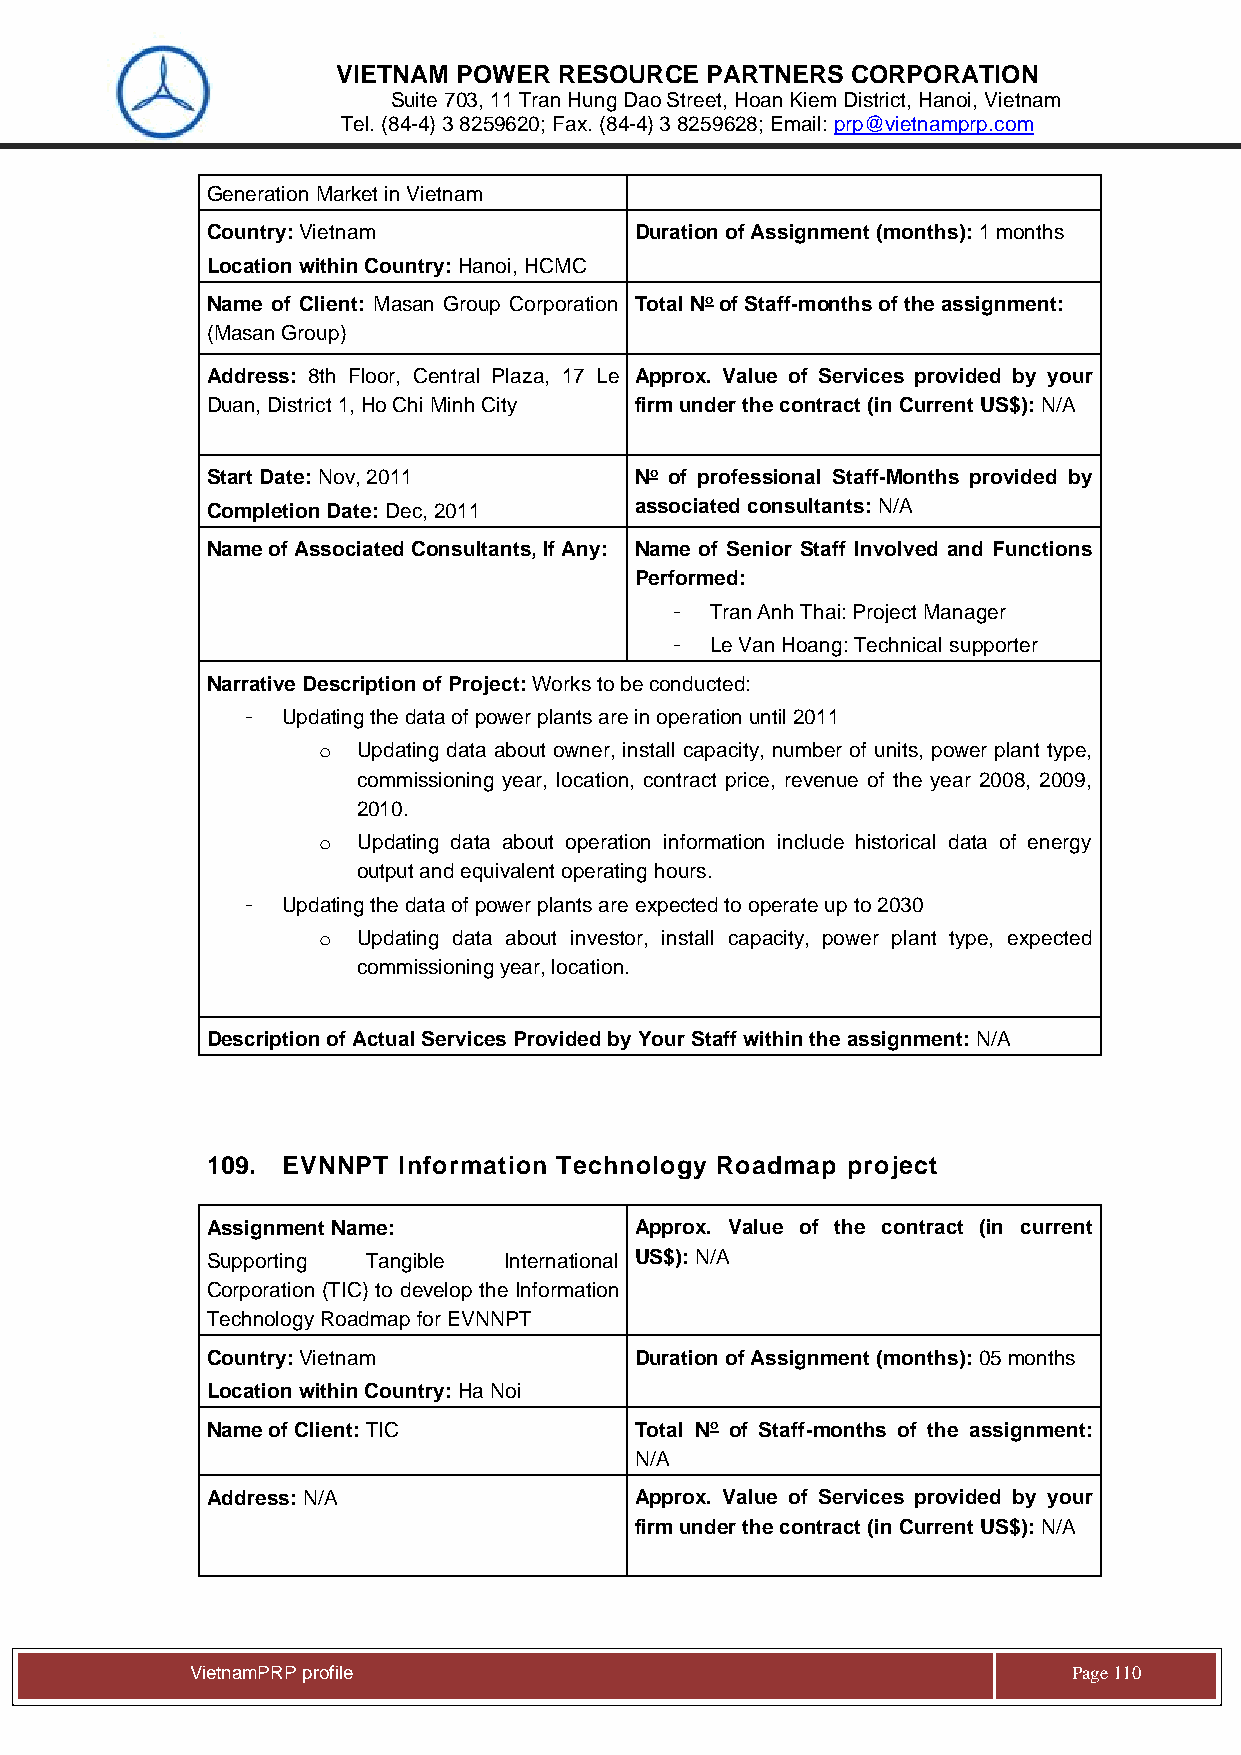
VIETNAM POWER  RESOURCE  PARTNERS CORPORATION
 Suite 703, 11 Tran Hung Dao Street, Hoan Kiem District, Hanoi, Vietnam
 Tel. (84-4) 3 8259620; Fax. (84-4) 3 8259628; Email: prp@vietnamprp.com
 Generation Market in Vietnam
 Country: Vietnam            Duration of Assignment (months): 1 months
 Location within Country: Hanoi, HCMC
 Name of Client: Masan Group Corporation Total No of Staff-months of the assignment:
 (Masan Group)
 Address: 8th Floor, Central Plaza, 17 Le Approx. Value of Services provided by your
 Duan, District 1, Ho Chi Minh City firm under the contract (in Current US$): N/A
 Start Date: Nov, 2011       No of professional Staff-Months provided by
 Completion Date: Dec, 2011  associated consultants: N/A
 Name of Associated Consultants, If Any: Name of Senior Staff Involved and Functions
 Performed:
 -  Tran Anh Thai: Project Manager
 -  Le Van Hoang: Technical supporter
 Narrative Description of Project: Works to be conducted:
 -  Updating the data of power plants are in operation until 2011
 o  Updating data about owner, install capacity, number of units, power plant type,
 commissioning year, location, contract price, revenue of the year 2008, 2009,
 2010.
 o  Updating data about operation information include historical data of energy
 output and equivalent operating hours.
 -  Updating the data of power plants are expected to operate up to 2030
 o  Updating data about investor, install capacity, power plant type, expected
 commissioning year, location.
 Description of Actual Services Provided by Your Staff within the assignment: N/A
 109. EVNNPT Information Technology Roadmap project
 Assignment Name:            Approx. Value of the contract (in current
 Supporting Tangible International US$): N/A
 Corporation (TIC) to develop the Information
 Technology Roadmap for EVNNPT
 Country: Vietnam            Duration of Assignment (months): 05 months
 Location within Country: Ha Noi
 Name of Client: TIC         Total No of Staff-months of the assignment:
 N/A
 Address: N/A                Approx. Value of Services provided by your
 firm under the contract (in Current US$): N/A
 Vie tnamPRP profile                                       Page 110